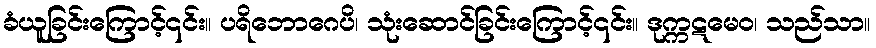
ခံယူခြင်းကြောင့်၎င်း။ ပရိဘောဂေပိ၊ သုံးဆောင်ခြင်းကြောင့်၎င်း။ ဒုက္ကဋမေဝ၊ သည်သာ။